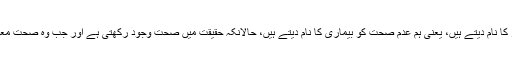
فلاسفہ اس کا جواب یوں دیتے ہیں کہ ہم عدم خیر کو شر کا نام دیتے ہیں، یعنی ہم عدم صحت کو بیماری کا نام دیتے ہیں، حالانکہ حقیقت میں صحت وجود رکھتی ہے اور جب وہ صحت معدوم ہو جائے تو ہم اس حالت کو بیماری کا نام دیتے ہیں۔